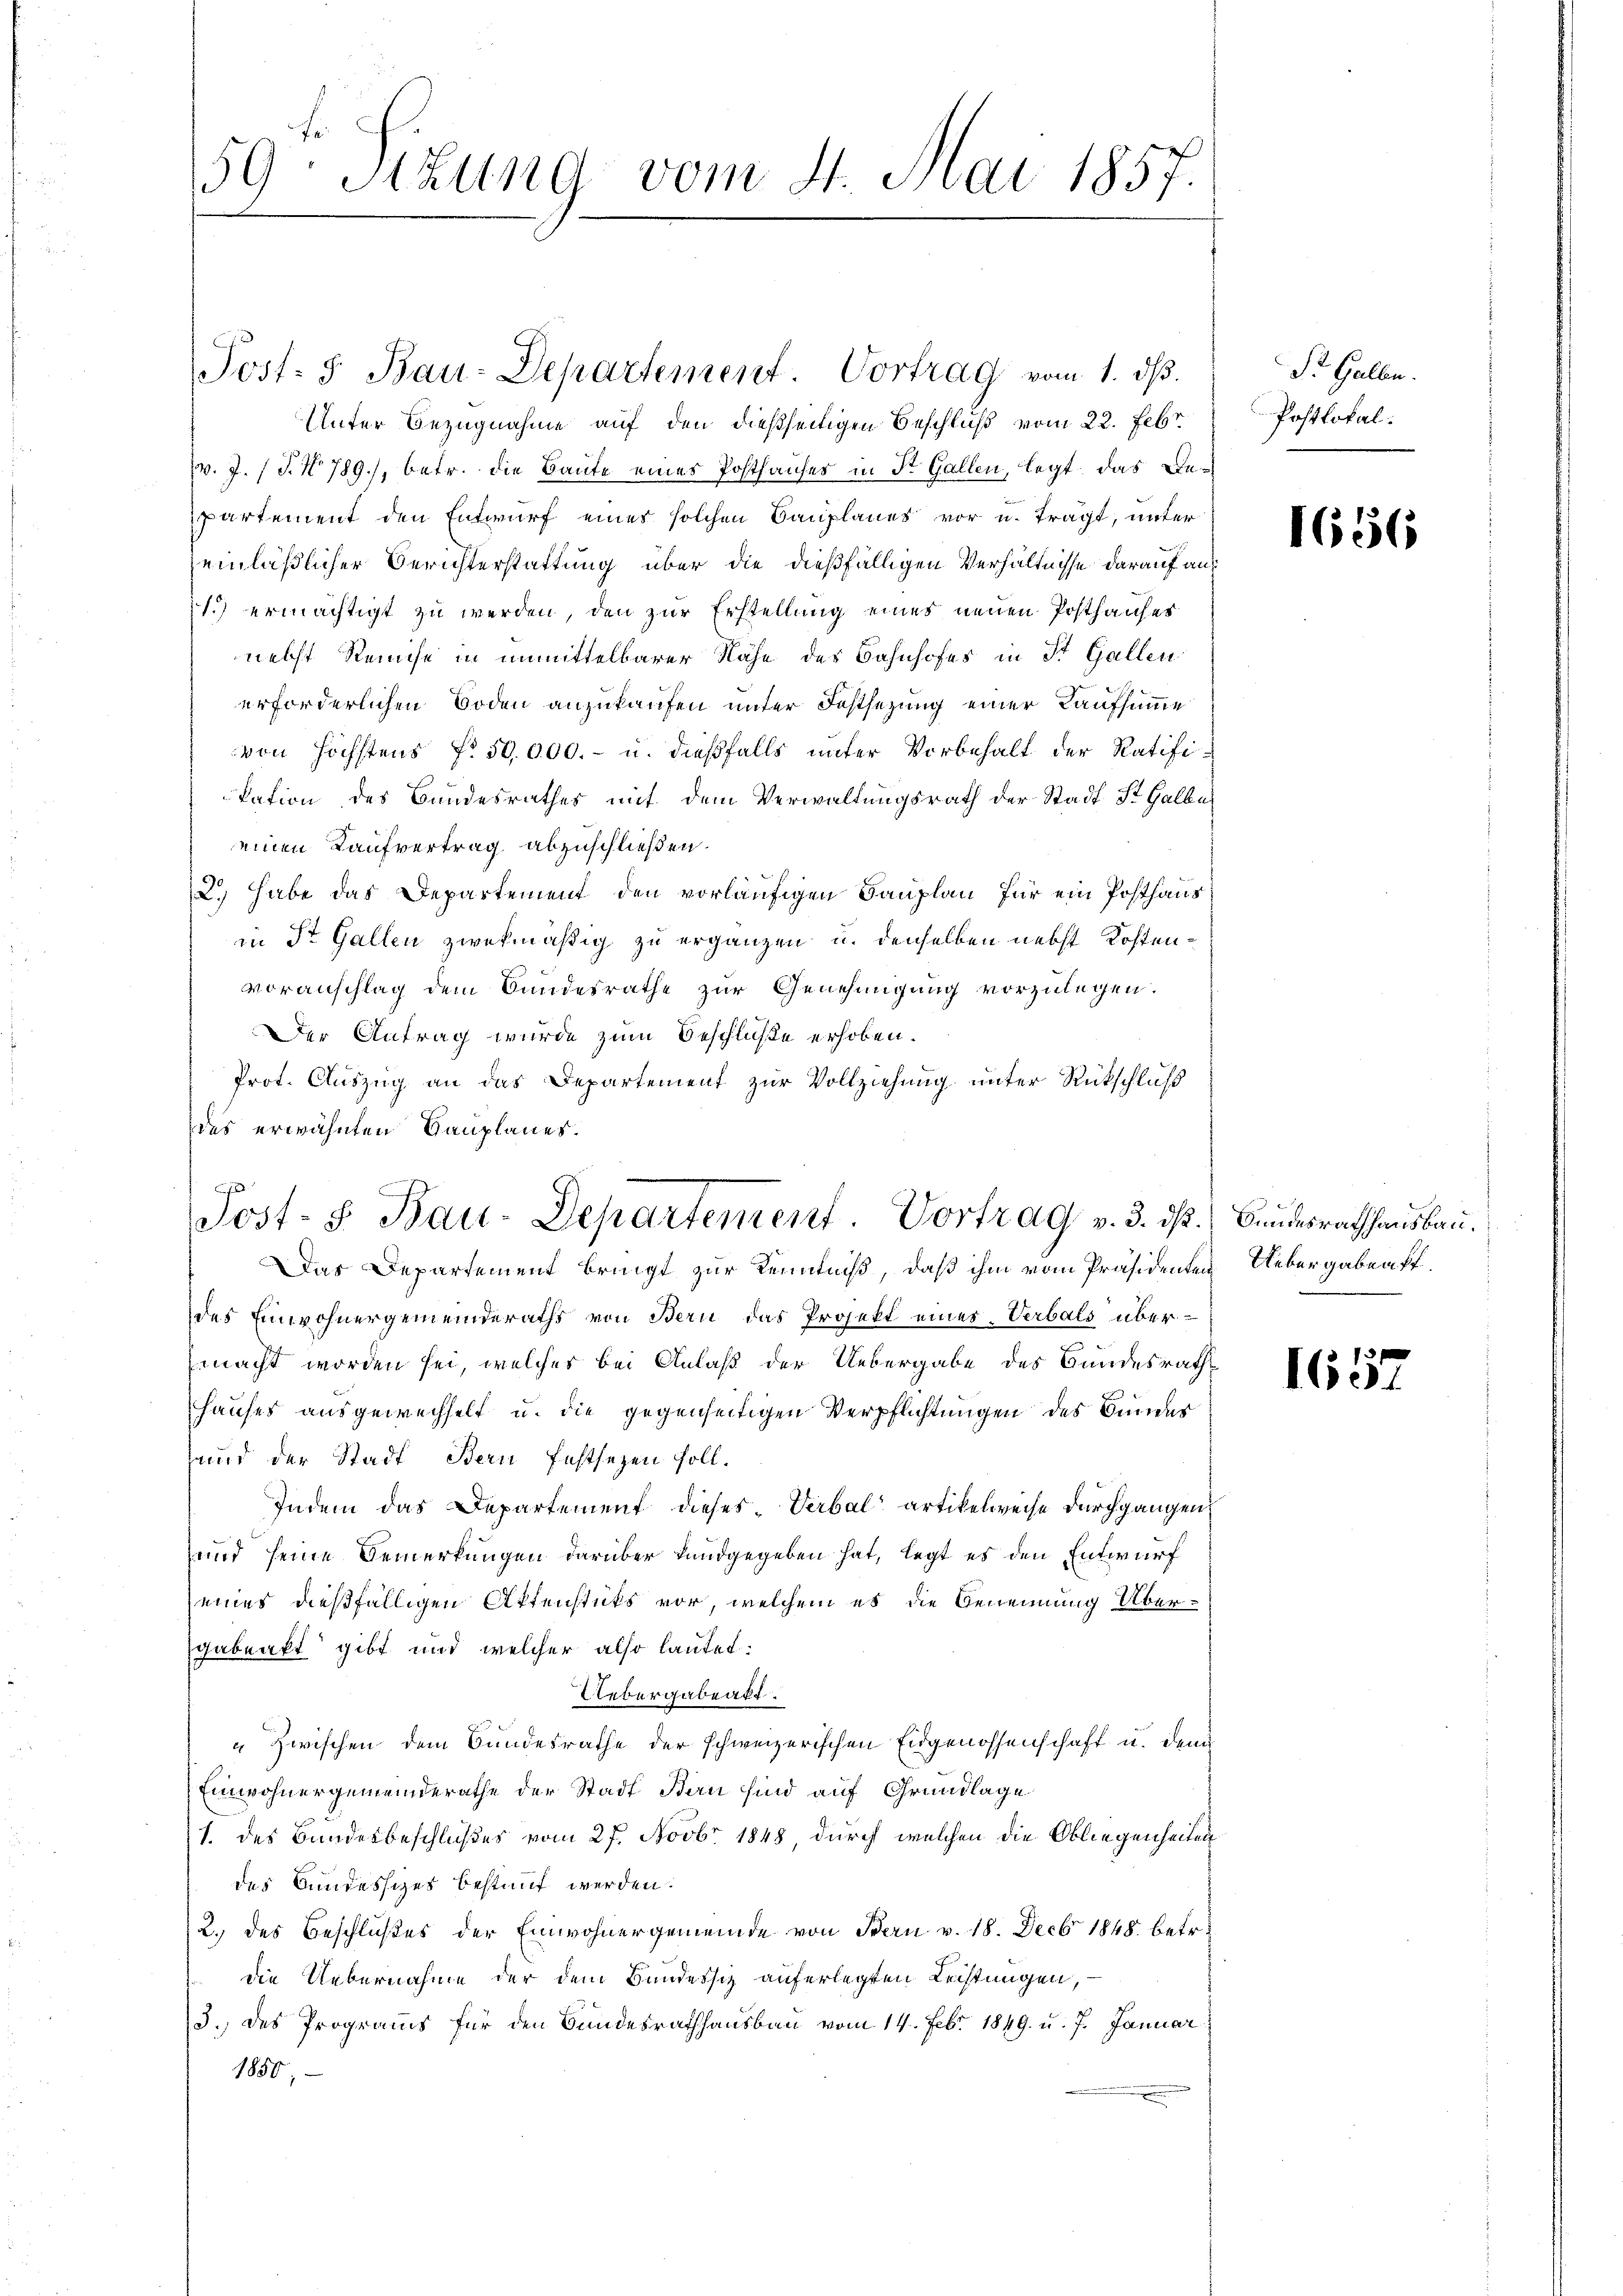
59: Sizung vom 4. Mai 1857.

Unter Bezugnahme auf den dießseitigen Beschluß vom 22. Febr
B. J. (T. No 789.), betr. die Baute eines Posthauses in St. Gallen, legt, das Bepartement den Entwurf eines solchen Bauplanes vor u. trägt, unter
einläßlicher Berichterstattung über die dießfälligen Verhältnisse darauf ans
1.) ermächtigt zu werden, den zur Erstellung eines neuen Posthauses
nebst Reise in unmittelbarer Nähe des Bahnhofes in St. Gallen
erforderlichen Boden anzukaufen unter Festsezung einer Kaufsumme
von höchstens No. 50,000.- u. dießfalls unter Vorbehalt der Ratifikation des Bandesrathes mit dem Verwaltungsrath der Stadt St. Galbe
einen Kaufvertrag abzuschließen.
2.) habe das Departement den vorläufigen Bauplan für ein Posthaus
in St. Gallen zwekmäßig zu ergänzen u. denselben nebst Kostenvoranschlag dem Bundesrathe zur Genehmigung vorzulegen.
Der Antrag wurde zum Beschluße erhoben.
Prot. Auszug an das Departement zur Vollziehung unter Rückschluß
des erwähnten Bauplanes.
Das Departement bringt zur Kenntniß, daß ihm vom Präsidenten Uebergabenst
des Einwohnergemeinderaths von Bern das Projekt eines Verbals übermacht worden sei, welches bei Anlaß der Uebergabe des Bundesrath
Hauses ausgewechselt u. die gegenseitigen Verpflichtungen des Sinnens
und der Stadt Bern festsezen soll¬
Indem das Departement dieses Verbal artikelweise durchgangen
und seine Bemerkungen darüber kundgegeben hat, legt es den Entwurf
eines dießfälligen Aktenstücks vor, welchem es die Benennung Übergabeakt gibt und welcher also lautet:
Uebergabeakt
" Zwischen dem Bundesrathe der schweizerischen Eidgenossenschaft u. denn
Einwohnergemeinderathe der Stadt Bern sind auf Grundlage
1. des Bundesbeschlußes vom 27. Novbr. 1848, durch welchen die Obliegenheiten
des Bundessizes bestant werden.
2. des Beschlußes der Einwohnergemeinde von Bern v. 18. Decbr 1848 betr.
die Uebernahme der dem Bundessiz auferlegten Leistungen,
3. des Programs für den Bundesrathhausbau vom 14. Febr. 1849 u. 7. Januar
1850.

Post- 5. Bau-Departement. Vortrag vom 1. ds.

Post- S. Bau-Departement. Vortrag v. 3. d. Bundesrathausbau.

St. Gallen.
Postlokal.

1656

1657